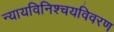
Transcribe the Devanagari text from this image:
न्यायविनिश्चयविवरण